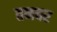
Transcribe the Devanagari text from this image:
तनवर